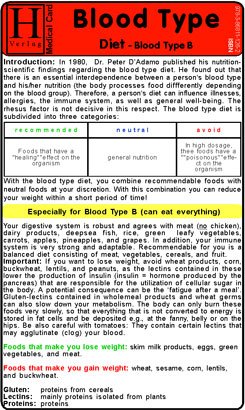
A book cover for Blood Type Diet - B - Medical Card; Hawelka; Health, Fitness & Dieting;